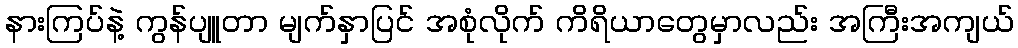
နားကြပ်နဲ့ ကွန်ပျူတာ မျက်နှာပြင် အစုံလိုက် ကိရိယာတွေမှာလည်း အကြီးအကျယ်